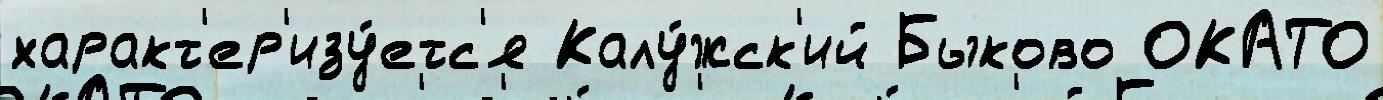
характ'ер'изу́етс'я Калу́жск'ий Быково ОКАТО